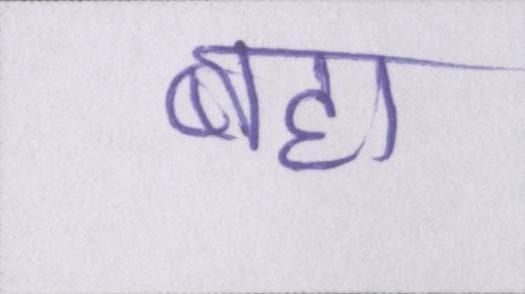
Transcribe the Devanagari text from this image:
बहा